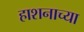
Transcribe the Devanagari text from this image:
हाशनाच्या